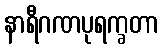
နာရီဂဏပုရက္ခတာ